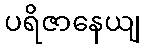
ပရိဇာနေယျ